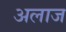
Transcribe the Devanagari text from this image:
अलाज